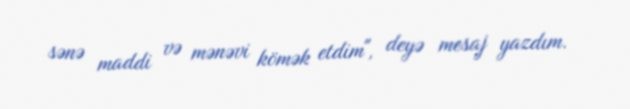
sənə maddi və mənəvi kömək etdim", deyə mesaj yazdım.